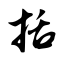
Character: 括